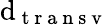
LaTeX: \mathrm{d}_{\mathrm{{~t~r~a~n~s~v~}}}